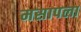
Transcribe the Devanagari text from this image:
मसापला